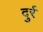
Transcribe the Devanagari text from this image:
दुर्र